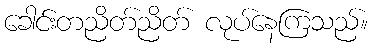
ခေါင်းတညိတ်ညိတ် လုပ်နေကြသည်။